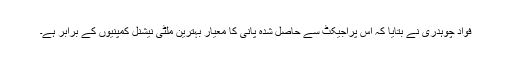
فواد چوہدری نے بتایا کہ اس پراجیکٹ سے حاصل شدہ پانی کا معیار بہترین ملٹی نیشنل کمپنیوں کے برابر ہے۔